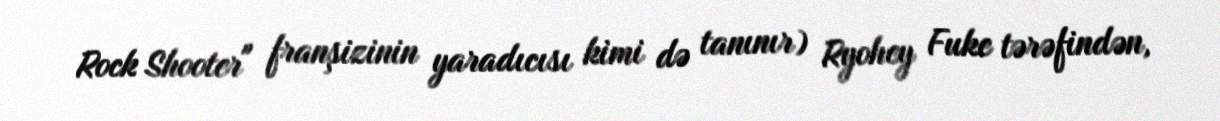
Rock Shooter" franşizinin yaradıcısı kimi də tanınır) Ryohey Fuke tərəfindən,